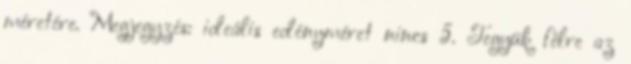
méretére. Megjegyzés: ideális edényméret nincs 5. Tegyük félre az